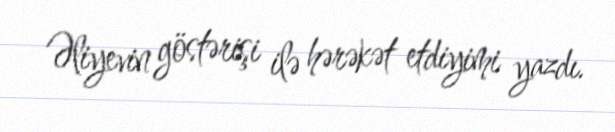
Əliyevin göstərişi ilə hərəkət etdiyimi yazdı.